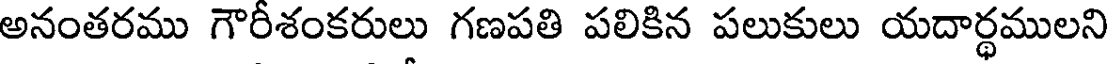
అనంతరము గౌరీశంకరులు గణపతి పలికిన పలుకులు యదార్థములని